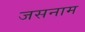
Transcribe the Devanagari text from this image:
जसनाम